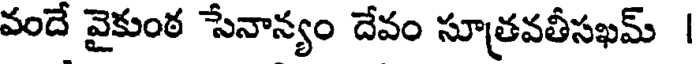
వందే వైకుంఠ సేనాన్యం దేవం సూత్రవతీసఖమ్ |